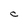
Character: C